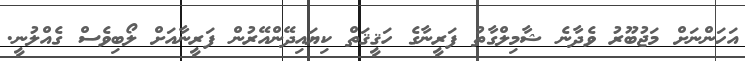
އަހަންނަށް މަޖުބޫރު ވެދާނެ ޝާމިލްގާތު ފަރީނާގެ ހަޤީޤަތް ކިޔައިދޭންއޭރުން ފަރީނާއަށް ލޯބިވެސް ގެއްލުނީ.